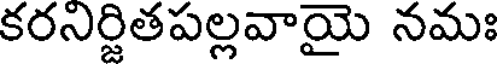
కరనిర్జితపల్లవాయై నమః